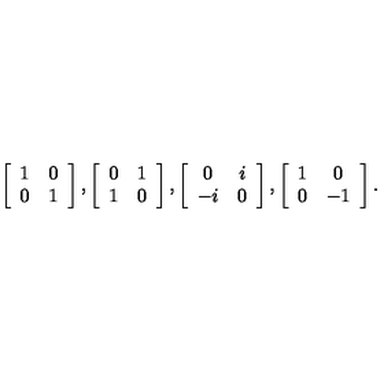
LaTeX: \left[ \begin{array} { c c } { 1 } & { 0 } \\ { 0 } & { 1 } \\ \end{array} \right] , \left[ \begin{array} { c c } { 0 } & { 1 } \\ { 1 } & { 0 } \\ \end{array} \right] , \left[ \begin{array} { c c } { 0 } & { i } \\ { - i } & { 0 } \\ \end{array} \right] , \left[ \begin{array} { c c } { 1 } & { 0 } \\ { 0 } & { - 1 } \\ \end{array} \right] .